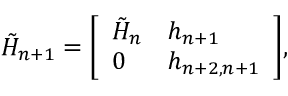
{ \tilde { H } } _ { n + 1 } = { \left[ \begin{array} { l l } { { \tilde { H } } _ { n } } & { h _ { n + 1 } } \\ { 0 } & { h _ { n + 2 , n + 1 } } \end{array} \right] } ,